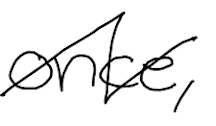
Text: once,
Cross-out: zig-zag
Writing tool: digital_black